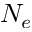
N _ { e }